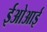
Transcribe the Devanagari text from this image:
ईओआई